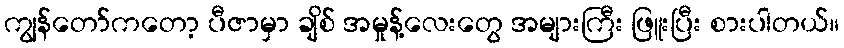
ကျွန်တော်ကတော့ ပီဇာမှာ ချိစ် အမှုန့်လေးတွေ အများကြီး ဖြူးပြီး စားပါတယ်။